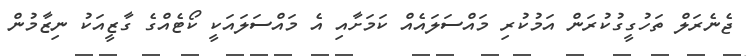
ޖެނެރަލް ތަހުގީގުކުރަން އަމުކުރި މައްސަލައެއް ކަމަށާއި އެ މައްސަލައަކީ ކޯޓެއްގެ ގާޒީއަކު ނިޒާމުން